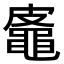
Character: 𪓜